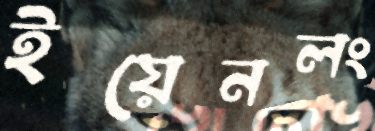
ইয়েনলং